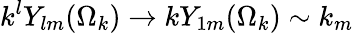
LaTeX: k^{l}Y_{lm}(\Omega_{k})\to kY_{1m}(\Omega_{k})\sim k_{m}